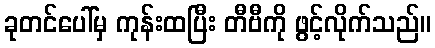
ခုတင်ပေါ်မှ ကုန်းထပြီး တီဗီကို ဖွင့်လိုက်သည်။